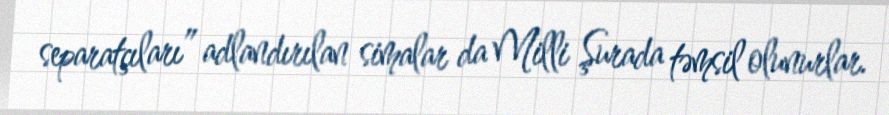
separatçıları” adlandırılan simalar da Milli Şurada təmsil olunurlar.